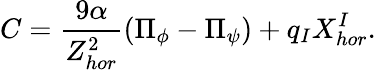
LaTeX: C=\frac{9\alpha}{Z_{hor}^{2}}(\Pi_{\phi}-\Pi_{\psi})+q_{I}X_{hor}^{I}.